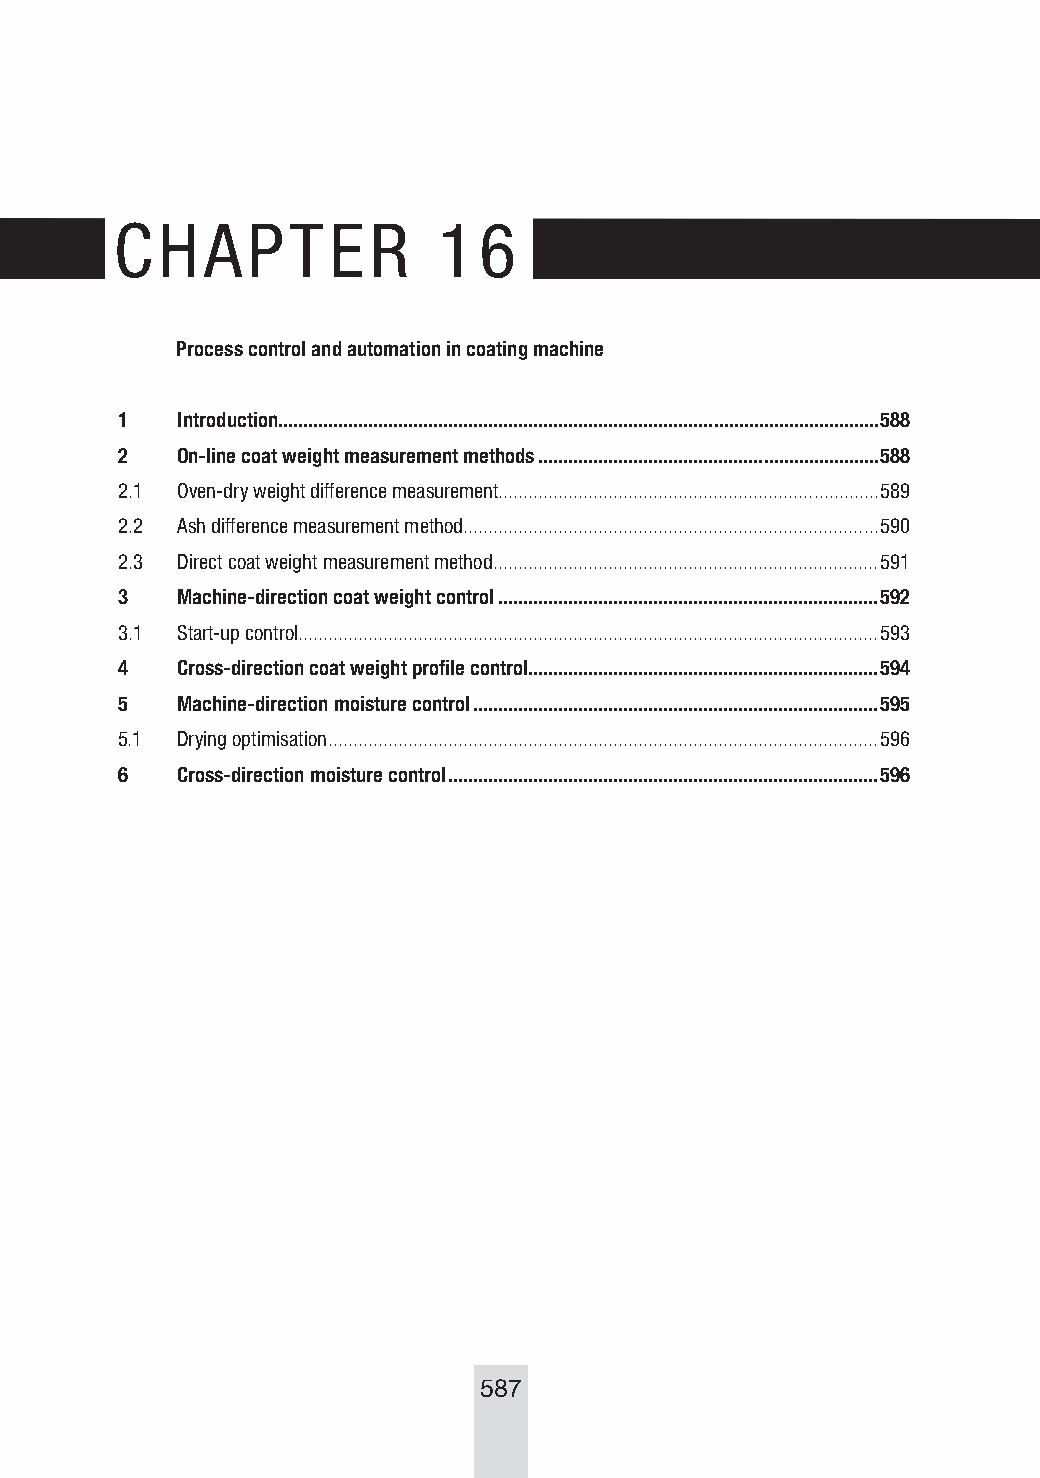
CHAPTER              16
 Process control and automation in coating machine
 1   Introduction........................................................................................................................588
 2   On-line coat weight measurement methods ....................................................................588
 2.1 Oven-dry weight difference measurement............................................................................589
 2.2 Ash difference measurement method ...................................................................................590
 2.3 Direct coat weight measurement method .............................................................................591
 3   Machine-direction coat weight control ............................................................................592
 3.1 Start-up control....................................................................................................................593
 4   Cross-direction coat weight profile control......................................................................594
 5   Machine-direction moisture control .................................................................................595
 5.1 Drying optimisation ..............................................................................................................596
 6   Cross-direction moisture control ......................................................................................596
 587